Lunatic asylums Bombay report 1878-1890 - 1878-1890
Year: 1878
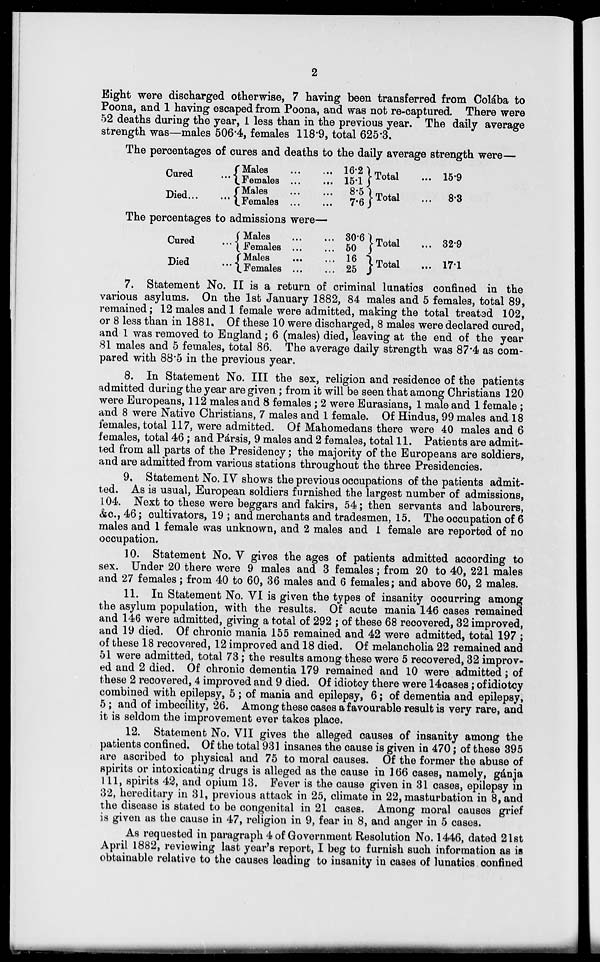
2
Eight were discharged otherwise, 7 having been transferred from Colába to
Poona, and 1 having escaped from Poona, and was not re-captured. There were
52 deaths during the year, I less than in the previous year. The daily average
strength was—males 506.4, females 118.9, total 625.3.
The percentages of cures and deaths to the daily average strength were—
Cured
...
Died ... ...
Males ... ...
Females
...
...
Males
...
...
Females
...
...
16.2
15.1
8.5
7.6
Total
Total
15.9
8.3
The percentages to admissions were—
Cured ...
Died
...
Males
...
...
Females
...
...
Males
...
...
Females
...
...
30.6
50
16
25
Total
Total
329
171
7. Statement No. II is a return of criminal lunatics confined in the
various asylums. On the 1st January 1882, 84 males and 5 Females. total 89,
remained; 12 males and 1 female were admitted, making the total treated 102,
or 8 less than in 1881. Of these 10 were discharged, 8 males were declared cured,
and 1 was removed to England; 6 (males) died, leaving at the end of the year
81 males and 5 Females. total 86. The average daily strength was 87.4 as com-
pared with 88.5 in the previous year.
8. In Statement No. III the sex, religion and residence of the patients
admitted during the year are given; from it will be seen that among Christians 120
were Europeans, 112 males and 8 females ; 2 were Eurasians, 1 male and 1 female;
and 8 were Native Christians, 7 males and 1 female. Of Hindus, 99 males and 18
Females. total 117, were admitted. Of Mahomedans there were 40 males and 6
Females. total 46; and Pársis, 9 males and 2 Females. total 11. Patients are admit-
ted from all parts of the Presidency; the majority of the Europeans are soldiers,
and are admitted from various stations throughout the three Presidencies.
9. Statement No. IV shows the previous occupations of the patients admit-
ted. As is usual, European soldiers furnished the largest number of admissions,
104. Next to these were beggars and fakirs, 54; then servants and labourers,
&c, 46; cultivators, 19 ; and merchants and tradesmen, 15. The occupation of 6
males and 1 female was unknown, and 2 males and 1 female are reported of no
occupation.
10. Statement No. V gives the ages of patients admitted according to
sex. Under 20 there were 9 males and 3 females; from 20 to 40, 221 males
and 27 females; from 40 to 60, 36 males and 6 females; and above 60, 2 males.
11. In Statement No. VI is given the types of insanity occurring among
the asylum population, with the results. Of acute mania 146 cases remained
and 146 were admitted, giving a total of 292 ; of these 68 recovered, 32 improved,
and 19 died. Of chronic mania 155 remained and 42 were admitted, total 197 ;
of these 18 recovered, 12 improved and 18 died. Of melancholia 22 remained and
51 were admitted, total 73; the results among these were 5 recovered, 32 improv-
ed and 2 died. Of chronic dementia 179 remained and 10 were admitted; of
these 2 recovered, 4 improved and 9 died. Of idiotcy there were 14 cases; of idiotcy
combined with epilepsy, 5 ; of mania and epilepsy, 6; of dementia and epilepsy,
5; and of imbecility, 26. Among these cases a favourable result is very rare, and
it is seldom the improvement ever takes place.
12. Statement No. VII gives the alleged causes of insanity among the
patients confined. Of the total 931 insanes the cause is given in 470; of these 395
are ascribed to physical and 75 to moral causes. Of the former the abuse of
spirits or intoxicating drugs is alleged as the cause in 166 cases, namely, gánja
111, spirits 42, and opium 13. Fever is the cause given in 31 cases, epilepsy in
32, hereditary in 31, previous attack in 25, climate in 22, masturbation in 8, and
the disease is stated to be congenital in 21 cases. Among moral causes grief
is given as the cause in 47, religion in 9, fear in 8, and anger in 5 cases.
As requested in paragraph 4 of Government Resolution No. 1446, dated 21st
April 1882, reviewing last year's report, I beg to furnish such information as is
obtainable relative to the causes leading to insanity in cases of lunatics confined